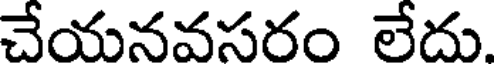
చేయనవసరం లేదు